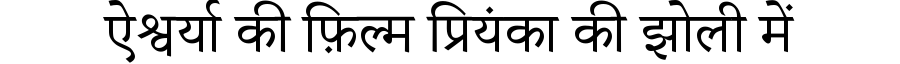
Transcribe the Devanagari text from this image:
ऐश्वर्या की फ़िल्म प्रियंका की झोली में